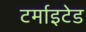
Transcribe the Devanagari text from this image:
टर्माइटेड